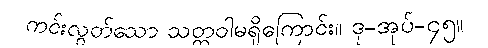
ကင်းလွတ်သော သတ္တဝါမရှိကြောင်း။ ဒု-အုပ်-၄၅။